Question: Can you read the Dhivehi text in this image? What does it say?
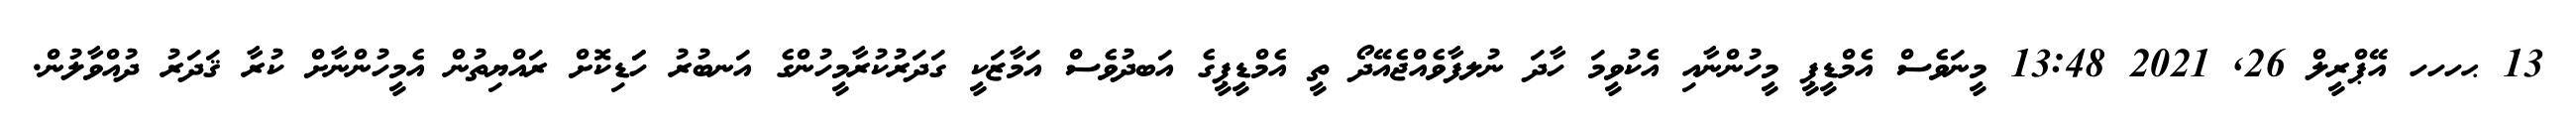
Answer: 13 ޙހހހ އޭޕްރީލް 26, 2021 13:48 މީނަވެސް އެމްޑީޕީ މީހުންނާއި އެކުވީމަ ހާދަ ނުލފާވެއްޖެއޭދޯ ތީ އެމްޑީޕީގެ އަބދުވެސް އަމާޒަކީ ގަދަރުކުރާމީހުންގެ އަނބުރު ހަަޑިކޮށް ރައްޔިތުން އެމީހުންނާށް ކުރާ ޤަދަރު ދުއްވާލުން.